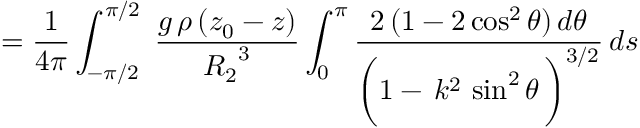
= \frac { 1 } { 4 \pi } \int _ { - \pi / 2 } ^ { \pi / 2 } \; \frac { g \, \rho \, ( z _ { 0 } - z ) } { { R _ { 2 } } ^ { 3 } } \int _ { 0 } ^ { \pi } \frac { 2 \, ( 1 - 2 \cos ^ { 2 } \theta ) \, d \theta } { \bigg ( 1 - \, k ^ { 2 } \, \sin ^ { 2 } \theta \, \bigg ) ^ { 3 / 2 } } \, d s